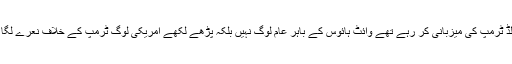
عین اس وقت جب امریکی صدر باراک اوباما وہائٹ ہاوس میں نو منتخب صدر ڈونالڈ ٹرمپ کی میزبانی کر رہے تھے وائٹ ہائوس کے باہر عام لوگ نہیں بلکہ پڑھے لکھے امریکی لوگ ٹرمپ کے خلاف نعرے لگا رہے تھے اور کہ رہے تھے نہیں مانتے ،نہیں مانتے ٹرمپ کو صدر نہیں مانتے ۔